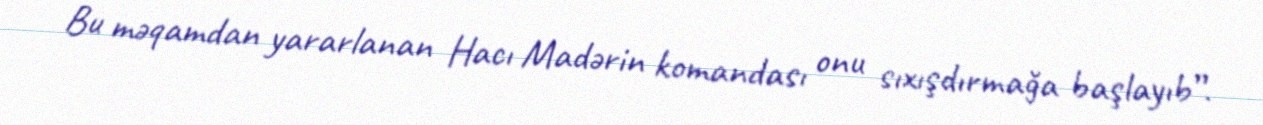
Bu məqamdan yararlanan Hacı Madərin komandası onu sıxışdırmağa başlayıb”.